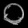
Digit: ၀